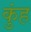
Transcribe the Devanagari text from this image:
कुंह